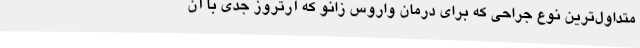
متداول‌ترین نوع جراحی که برای درمان واروس زانو که آرتروز جدی با آن